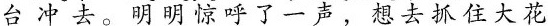
台冲去。明明惊呼了一声，想去抓住大花